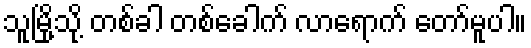
သူမြို့သို့ တစ်ခါ တစ်ခေါက် လာရောက် တော်မူပါ။